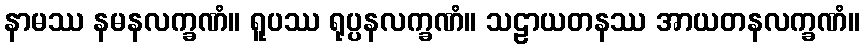
နာမဿ နမနလက္ခဏံ။ ရူပဿ ရုပ္ပနလက္ခဏံ။ သဠာယတနဿ အာယတနလက္ခဏံ။